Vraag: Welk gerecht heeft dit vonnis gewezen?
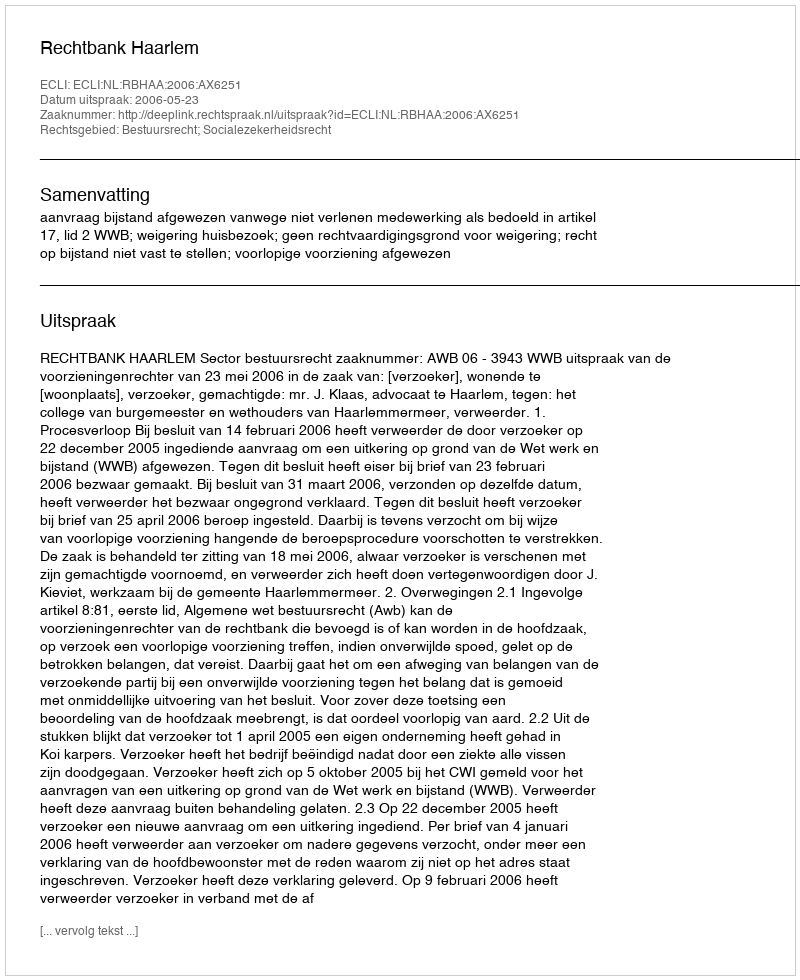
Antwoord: Rechtbank Haarlem